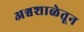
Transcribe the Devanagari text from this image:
अश्वशाळेतून